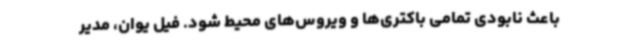
باعث نابودی تمامی باکتری‌ها و ویروس‌های محیط شود. فیل یوان، مدیر